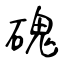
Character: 磈